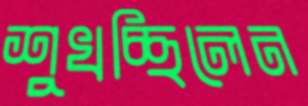
শুখচ্ছিলেন